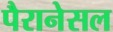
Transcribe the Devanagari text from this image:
पैरानेसल